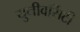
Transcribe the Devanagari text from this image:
युनीवर्सिटी